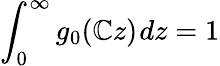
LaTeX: \int_{0}^{\infty}g_{0}(\mathbb{C}z)~\! dz=1